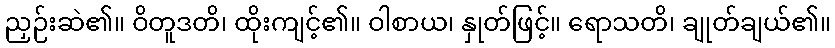
ညှဉ်းဆဲ၏။ ဝိတူဒတိ၊ ထိုးကျင့်၏။ ဝါစာယ၊ နှုတ်ဖြင့်။ ရောသတိ၊ ချုတ်ချယ်၏။